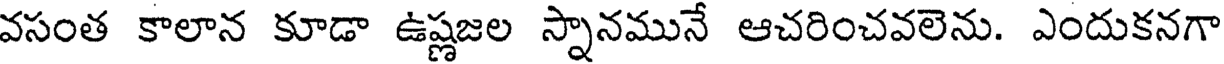
వసంత కాలాన కూడా ఉష్ణజల స్నానమునే ఆచరించవలెను. ఎందుకనగా